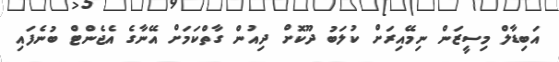
އަބިޑާލް މިސީޒަން ނިމޭއިރަށް ކުލަބު ދޫކޮށް ދިއުން ގާތްކަމަށް އޭނާގެ އެޖެންޓް ބުނެފައި